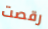
رقصت